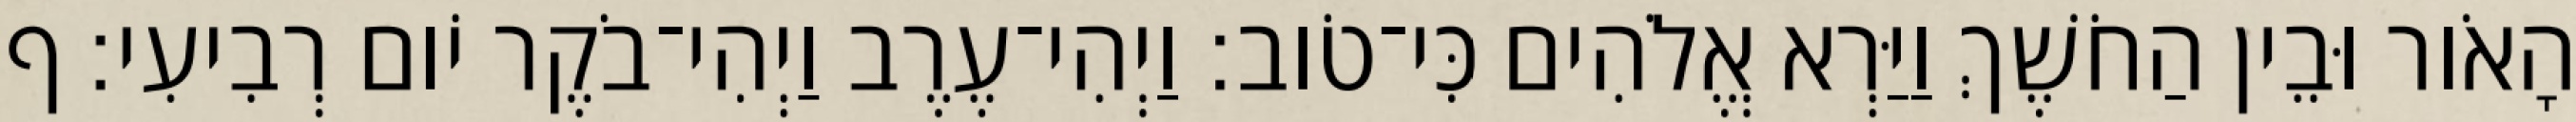
הָאֹור וּבֵין הַחֹשֶׁךְ וַיַּרְא אֱלֹהִים כִּי־טֹוב׃ וַיְהִי־עֶרֶב וַיְהִי־בֹקֶר יֹום רְבִיעִי׃ ף